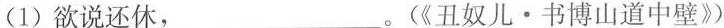
(1)欲说还休，_。(《丑奴儿·书博山道中壁》）